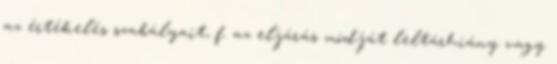
az értékelés szabályait, f. az eljárás módját leltárhiány vagy